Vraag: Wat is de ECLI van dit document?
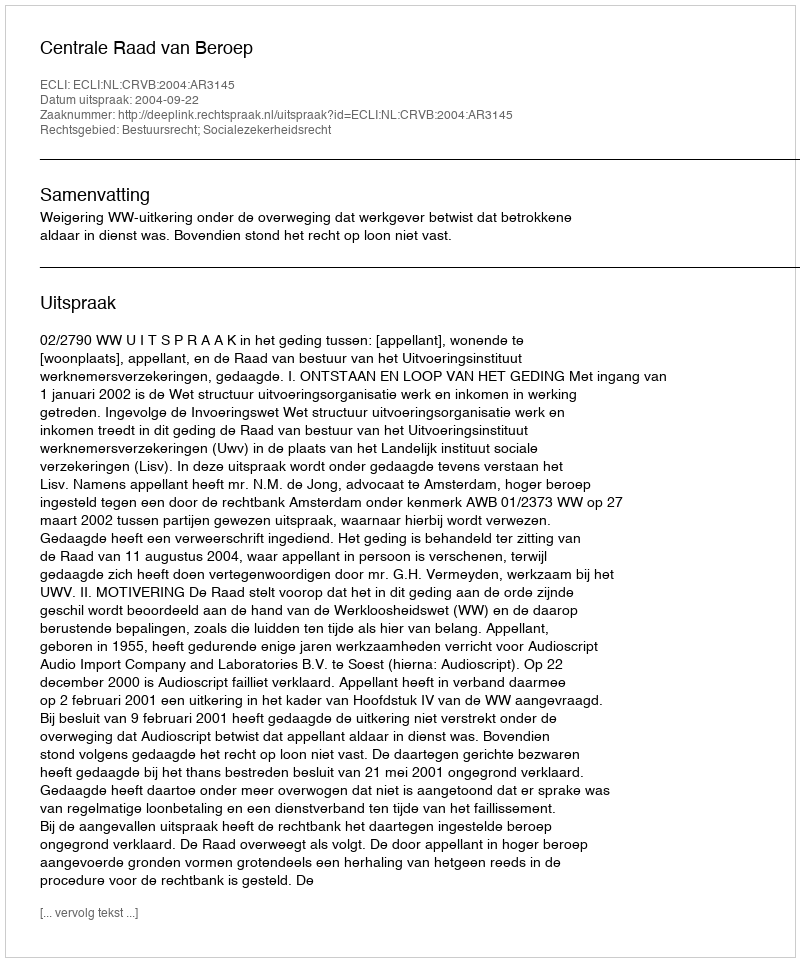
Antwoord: ECLI:NL:CRVB:2004:AR3145